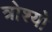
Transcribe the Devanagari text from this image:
त्रोश्यो